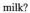
milk?